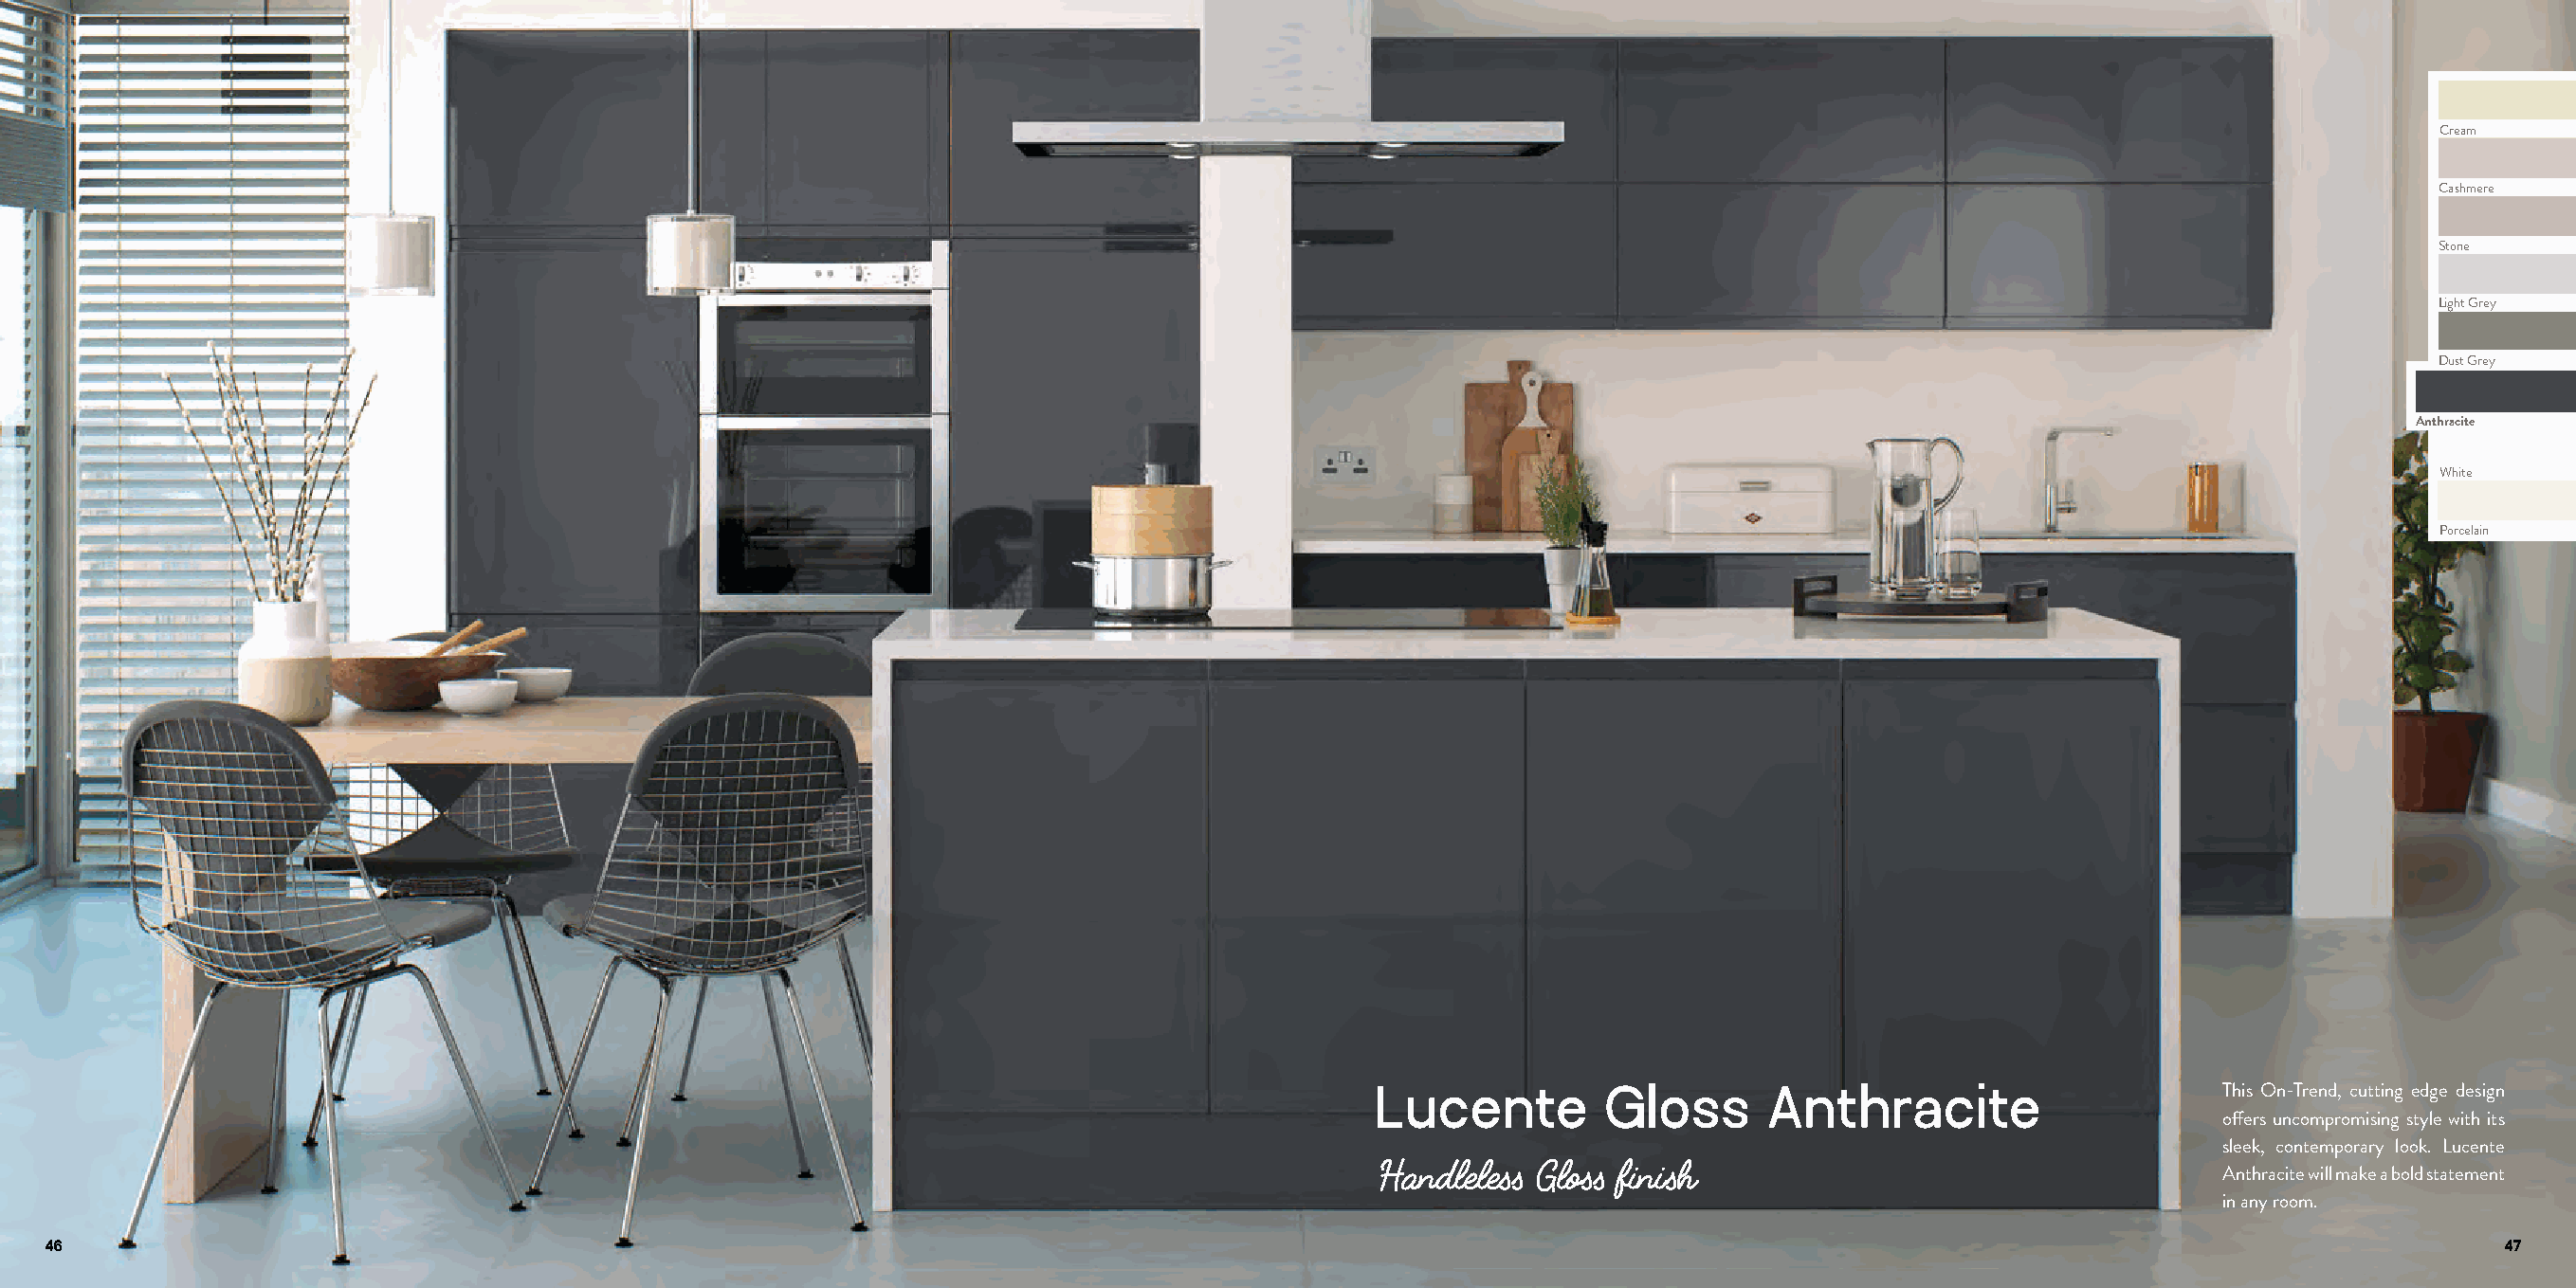
Cream
 Cashmere
 Stone
 Light Grey
 Dust Grey
 Anthracite
 White
 Porcelain
 Lucente         Gloss      Anthracite                      This On-Trend, cutting edge design
 offers uncompromising style with its
 sleek, contemporary look. Lucente
 Handleless Gloss finish
 Anthracite will make a bold statement
 in any room.
 46                                                                                                                                                                          47